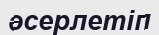
әсерлетіп